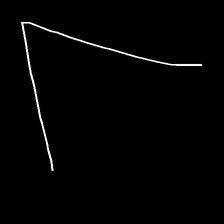
Glyph: region